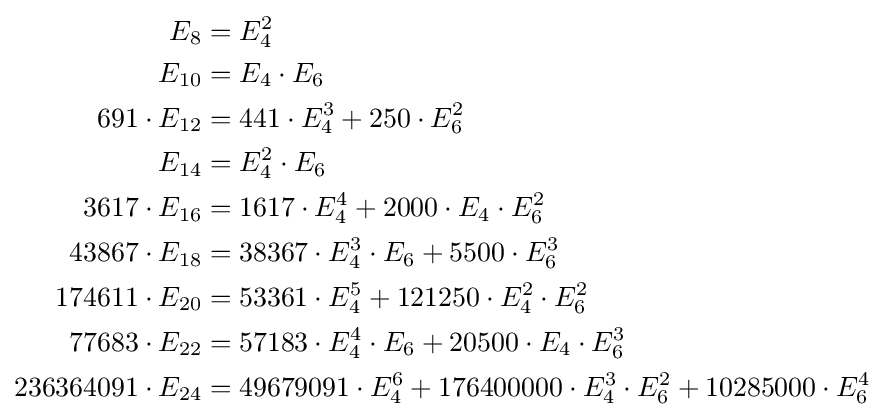
{\begin{aligned}E_{8}&=E_{4}^{2}\\E_{10}&=E_{4}\cdot E_{6}\\691\cdot E_{12}&=441\cdot E_{4}^{3}+250\cdot E_{6}^{2}\\E_{14}&=E_{4}^{2}\cdot E_{6}\\3617\cdot E_{16}&=1617\cdot E_{4}^{4}+2000\cdot E_{4}\cdot E_{6}^{2}\\43867\cdot E_{18}&=38367\cdot E_{4}^{3}\cdot E_{6}+5500\cdot E_{6}^{3}\\174611\cdot E_{20}&=53361\cdot E_{4}^{5}+121250\cdot E_{4}^{2}\cdot E_{6}^{2}\\77683\cdot E_{22}&=57183\cdot E_{4}^{4}\cdot E_{6}+20500\cdot E_{4}\cdot E_{6}^{3}\\236364091\cdot E_{24}&=49679091\cdot E_{4}^{6}+176400000\cdot E_{4}^{3}\cdot E_{6}^{2}+10285000\cdot E_{6}^{4}\end{aligned}}